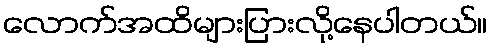
လောက်အထိများပြားလို့နေပါတယ်။